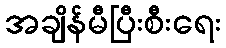
အချိန်မီပြီးစီးရေး